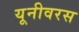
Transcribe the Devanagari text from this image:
यूनीवरस